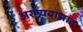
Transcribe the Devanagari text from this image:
अरण्यवासात